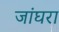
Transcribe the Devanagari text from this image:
जांघरा